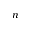
n